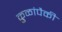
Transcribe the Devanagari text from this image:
कुळांपैकी